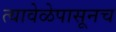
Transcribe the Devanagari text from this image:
त्यावेळेपासूनच